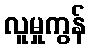
လူမှုကွန်